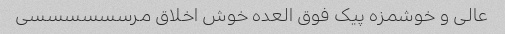
عالی و خوشمزه پیک فوق العده خوش اخلاق مرسسسسسسی